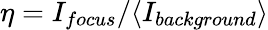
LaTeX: \eta=I_{focus}/\langle I_{background}\rangle